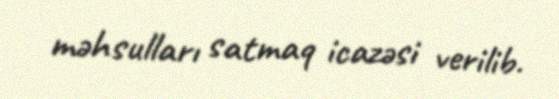
məhsulları satmaq icazəsi verilib.